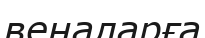
веналарға